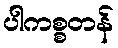
ပါကစ္စတန်